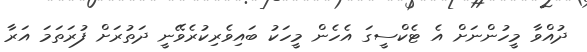
ދުއްވާ މީހުންނަށް އެ ޓެކްސީގަ އެހެން މީހަކު ބައިވެރިކުރެވޭނީ ދަތުރަށް ފުރަތަމަ އަރާ